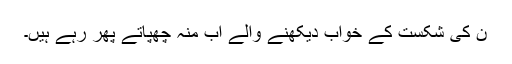
ن کی شکست کے خواب دیکھنے والے اب منہ چھپاتے پھر رہے ہیں۔